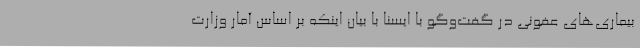
بیماری‌های عفونی در گفت‌وگو با ایسنا با بیان اینکه بر اساس آمار وزارت